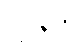
ဂျပန်က